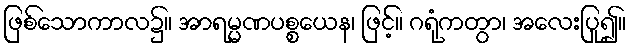
ဖြစ်သောကာလ၌။ အာရမ္မဏပစ္စယေန၊ ဖြင့်။ ဂရုံကတွာ၊ အလေးပြု၍။